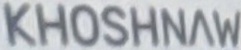
KHOSHNAW